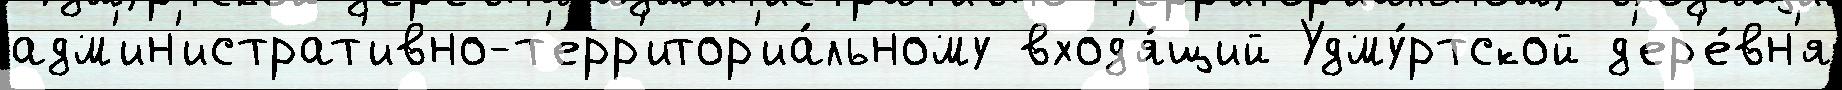
адм'ин'истрат'ивно-т'ерр'итор'иа́льному вход'я́щий Удму́ртской д'ер'е́вн'я